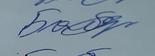
Signature authenticity: genuine